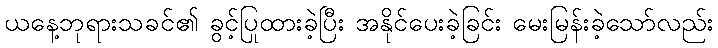
ယနေ့ဘုရားသခင်၏ ခွင့်ပြုထားခဲ့ပြီး အနိုင်ပေးခဲ့ခြင်း မေးမြန်းခဲ့သော်လည်း